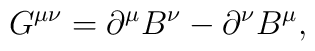
G^{\mu \nu }=\partial ^{\mu }B^{\nu }-\partial ^{\nu }B^{\mu },